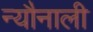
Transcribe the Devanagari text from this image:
न्यौनाली